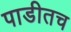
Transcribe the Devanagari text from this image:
पाडीतच